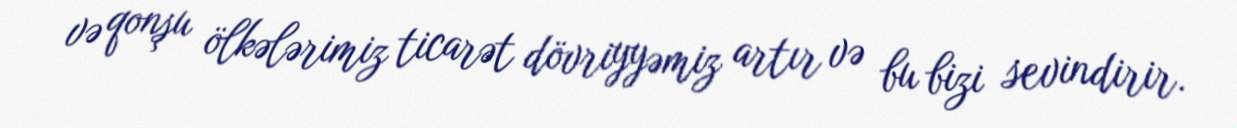
və qonşu ölkələrimiz ticarət dövriyyəmiz artır və bu bizi sevindirir.